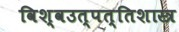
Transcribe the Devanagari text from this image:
विश्वउत्पत्तिशास्त्र